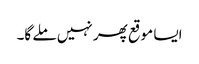
ایسا موقع پھر نہیں ملے گا۔